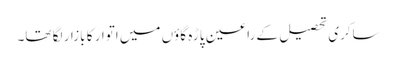
ساکری تحصیل کے راعین پاڑہ گاؤں میں اتوار کا بازار لگا تھا۔